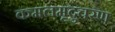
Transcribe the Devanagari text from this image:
कमलमृदुचरण